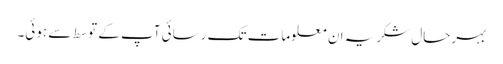
بہرحال شکریہ ان معلومات تک رسائی آپ کے توسط سے ہوئی۔